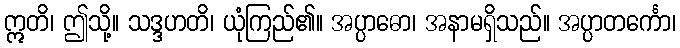
ဣတိ၊ ဤသို့။ သဒ္ဒဟတိ၊ ယုံကြည်၏။ အပ္ပာဓော၊ အနာမရှိသည်။ အပ္ပာတင်္ကော၊